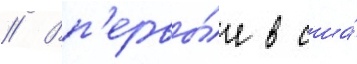
// Вп'ервы́е в сша́